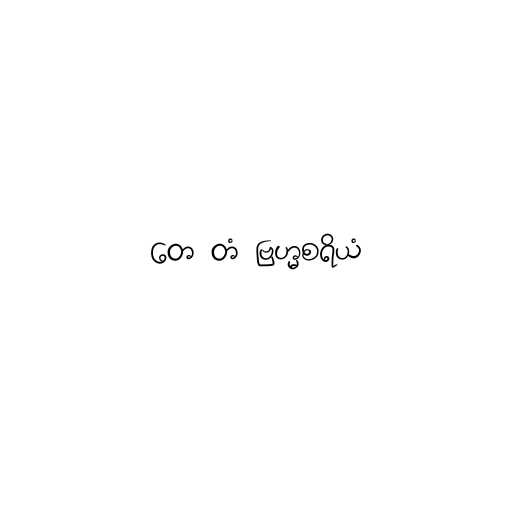
တေ တံ ဗြဟ္မစရိယံ